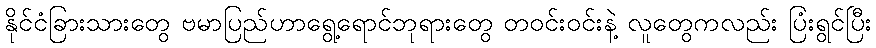
နိုင်ငံခြားသားတွေ ဗမာပြည်ဟာရွေ့ရောင်ဘုရားတွေ တဝင်းဝင်းနဲ့ လူတွေကလည်း ပြံးရွင်ပြီး